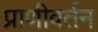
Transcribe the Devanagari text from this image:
प्राणीवर्तन